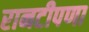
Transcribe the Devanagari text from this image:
रानटीपणा